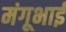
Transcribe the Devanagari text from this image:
मंगूभाई